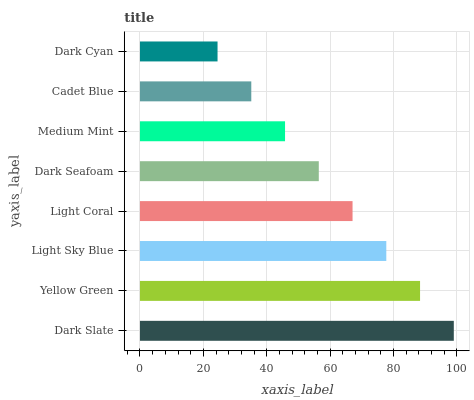
| yaxis_label | bars |
 | --- | --- |
 | Dark Slate | 99 |
 | Yellow Green | 88.4 |
 | Light Sky Blue | 77.7 |
 | Light Coral | 67.1 |
 | Dark Seafoam | 56.4 |
 | Medium Mint | 45.8 |
 | Cadet Blue | 35.1 |
 | Dark Cyan | 24.5 |